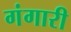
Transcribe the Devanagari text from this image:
गंगारी